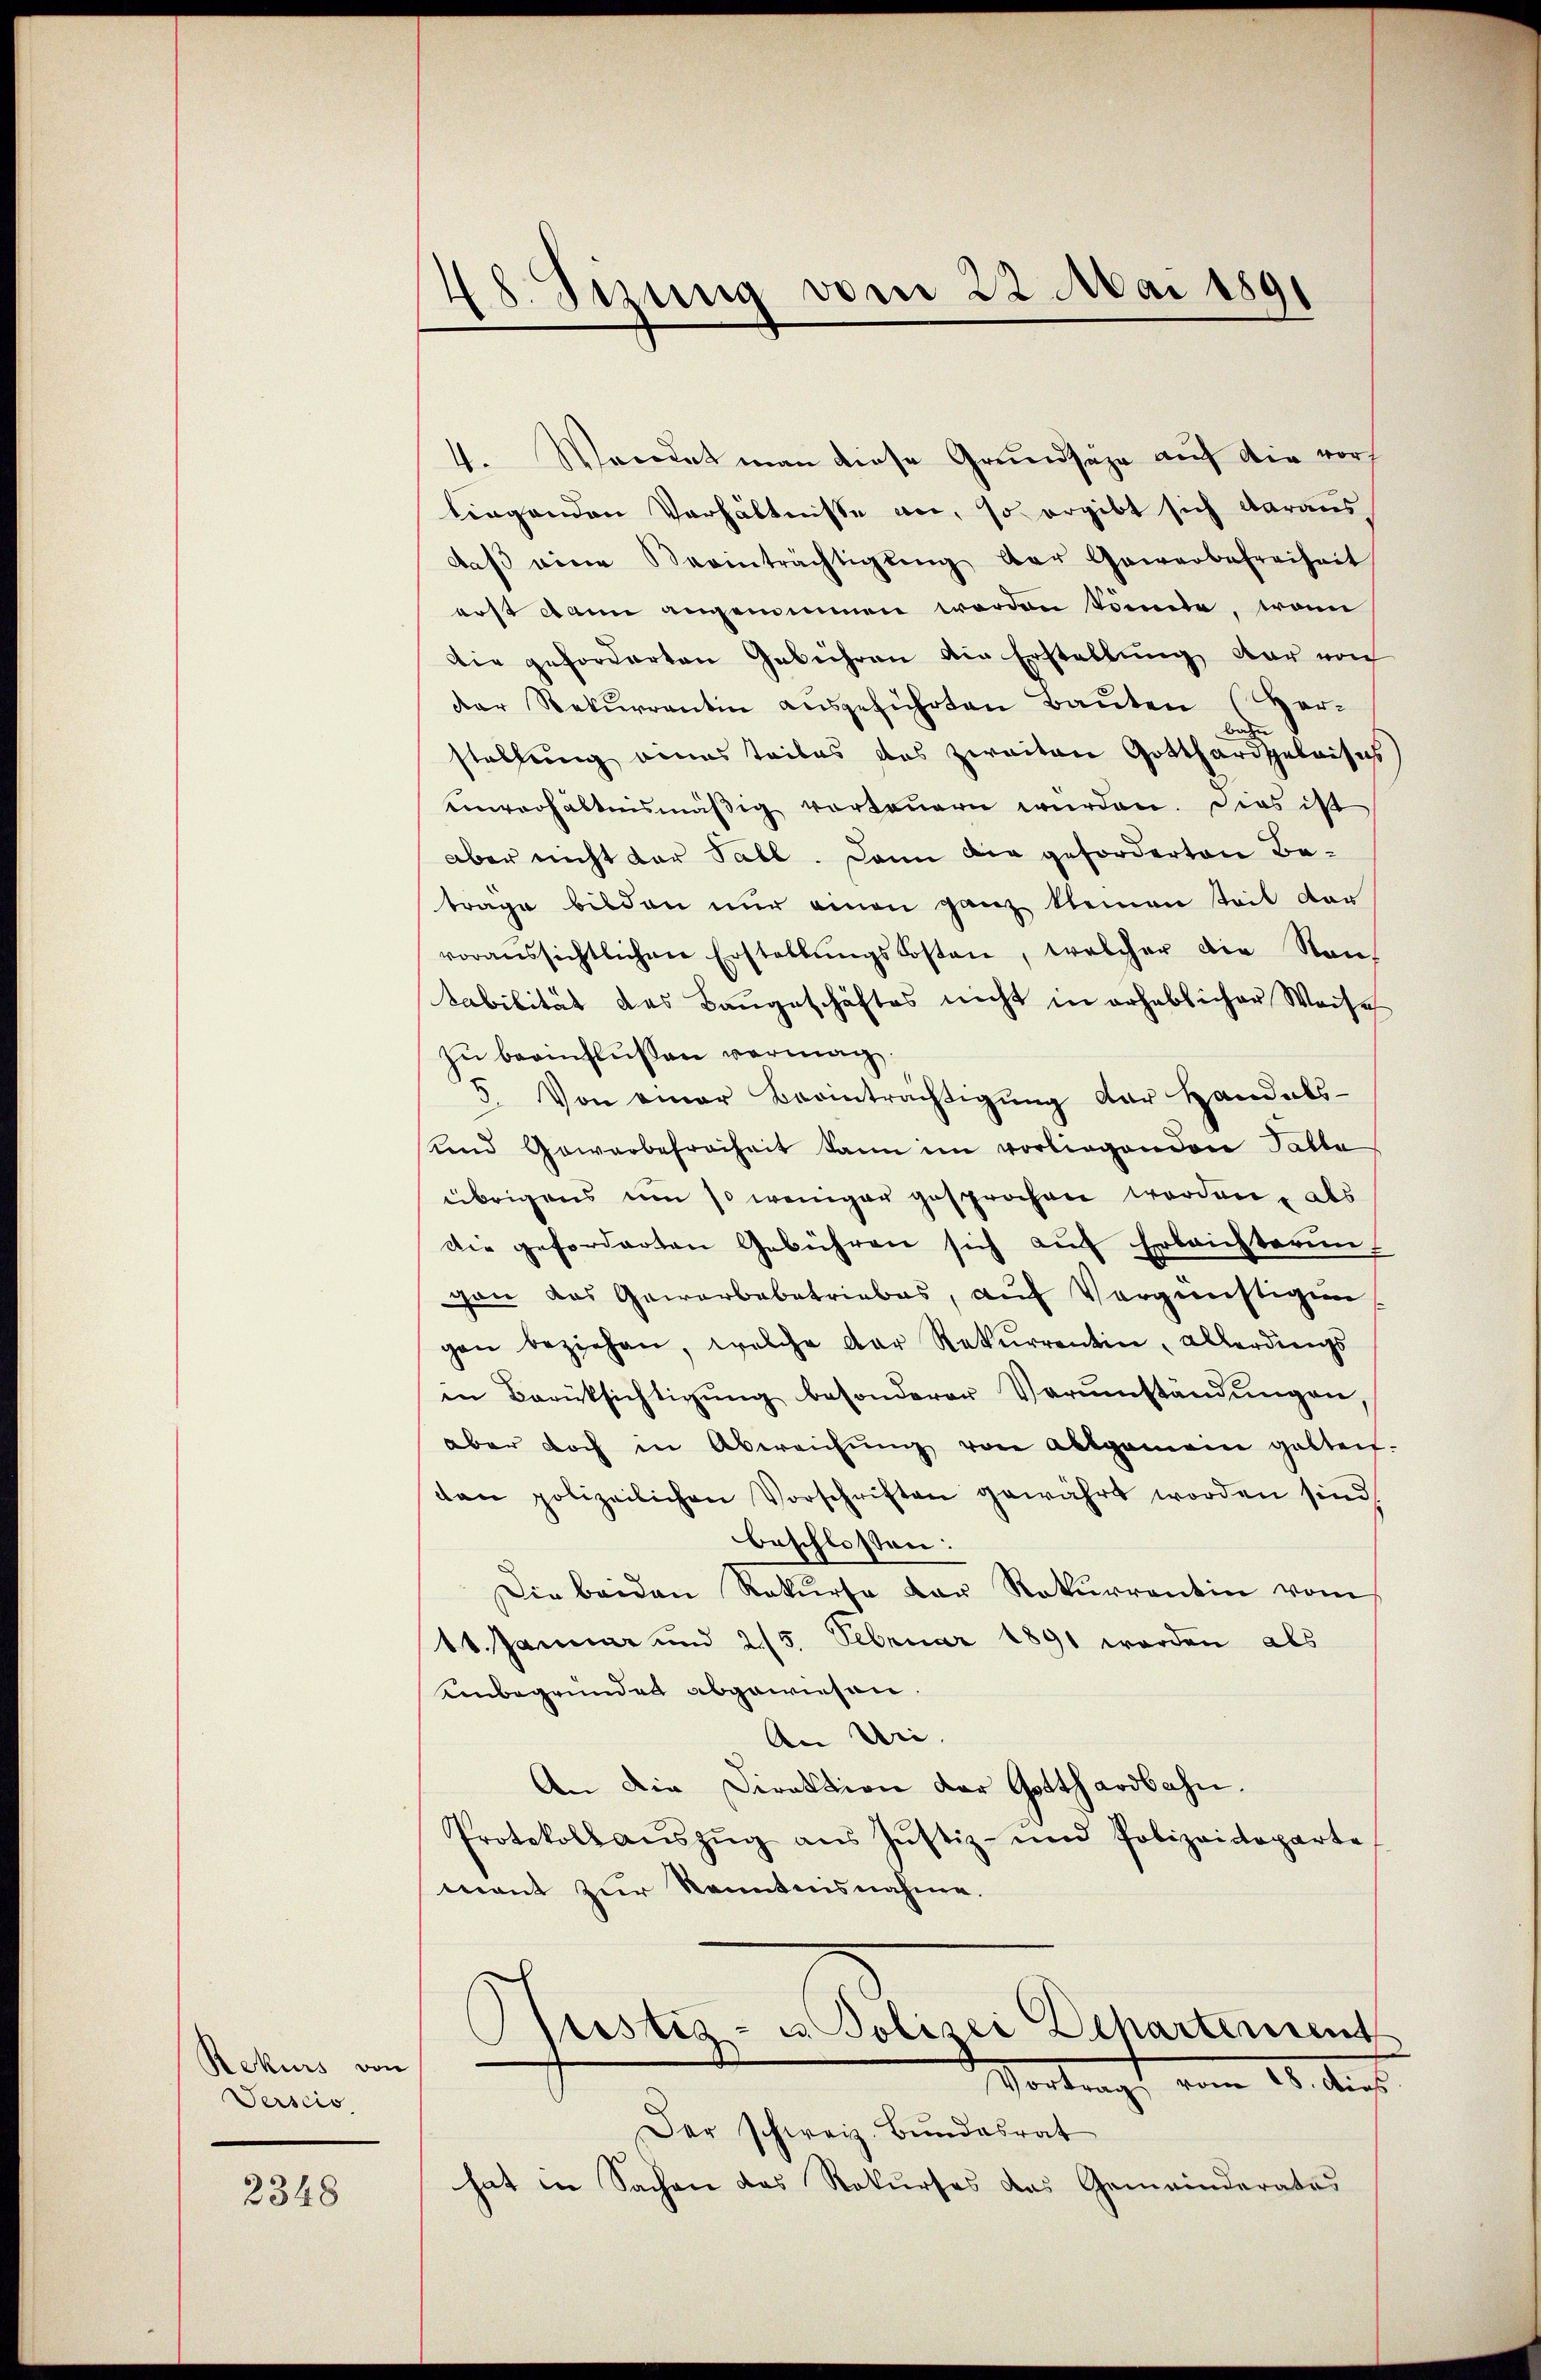
Rekurs von
Serscis

2348

48. Sizung vom 22. Mai 1891

4. Wendet man diese Grundsäge auf die vorh
tiegenden Verhältnisse an, so ergibt sich daraus,
daβ eine Beeinträchtigŭng der Gewerbefreiheit
erst dann angenommen werden könnte, wenn
Die geforderten Gebühren die Erstellung dar von
der Rekurrentin ausgeführten Bauten (Her-
stellung eines teiles das zweiten Gotthard geleises
einverhältnismäβig vorteŭern würden. Dies ist
aber nicht der Fall. Dann die geforderten Betrage bilden nur einen ganz kleinen Teil dar
voraussichtlichen Erstellŭngskosten, welcher die Nan
tabilität das Baugeschäftes nicht in erheblicher Weise
zu beeinflussen vermag
5. Von einer Beanträchtigung der Handels-
und Gewerbefreiheit kann im vorliegenden Falle
übrigens um so weniger gesprochen worden, als
Die geforderten Gebühren sich auf Erleichterun
gen das Gewerbebetriebes, auf Vergünstigen
gen beziehen, welche der Rekŭrrentin, allerdings
in Berüksichtigŭng besonderer Verŭmständŭngen,
aber doch in Abweichŭng von Allgemein gelten.
ten polizeilichen Vorschriften gewährt worden sind
beschlossen:
Die beiden Rekurse der Rekurrentin vom
11. Januar und 215. Februar 1891 werden als
einbegründen abgewiesen.
An Uri.
An die Direktion der Gotthardbahn.
Protokoll aŭszŭg aŭs Jŭstiz- und Polizeideparte
mant zur Kenntnisnahme.
Rustiz- u. Polizei Departement
Vortrags vom 21. dies
Der schweiz. Bundesrat
hat in Sachen das Rekurses das Gemeinderates